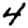
Digit: 4